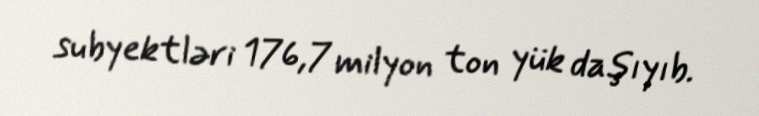
subyektləri 176,7 milyon ton yük daşıyıb.